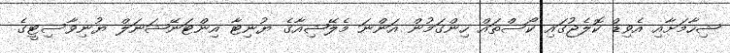
ޝިހާމަށާއި އެވިޑް ކޮލެޖުގައި ކޯސްތައް ހިންގަމުން އަންނަ މެލޭޝިއާގެ ޔުނިޓާ އިންޓަނޭޝަނަލް ޔުނިވާސިޓީގެ